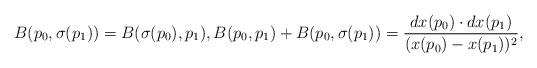
LaTeX: \begin{align*} B(p_0,\sigma(p_1))=B(\sigma(p_0),p_1),B(p_0,p_1)+B(p_0,\sigma(p_1))=\frac{dx(p_0)\cdot dx(p_1)}{(x(p_0)-x(p_1))^2},\end{align*}